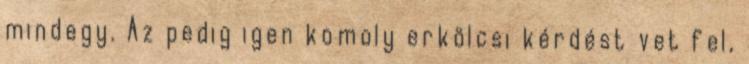
mindegy. Az pedig igen komoly erkölcsi kérdést vet fel,